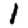
Digit: 1